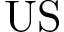
\mathrm { U S }